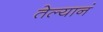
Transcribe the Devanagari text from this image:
तेल्यानं